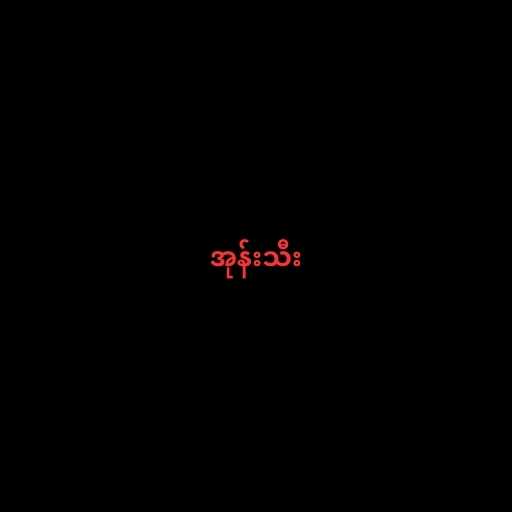
အုန်းသီး